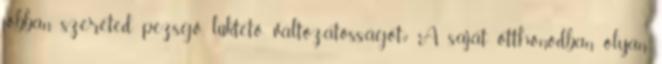
jobban szereted pezsgő, lüktető változatosságot? A saját otthonodban olyan